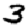
Digit: 3